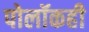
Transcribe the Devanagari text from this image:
पोलॉकही